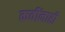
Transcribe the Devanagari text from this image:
कवींनाही